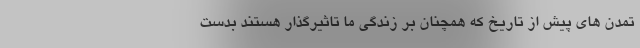
تمدن های پیش از تاریخ که همچنان بر زندگی ما تاثیرگذار هستند بدست